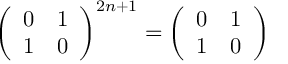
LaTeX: \left( \begin{array} { c c } { { 0 } } & { { 1 } } \\ { { 1 } } & { { 0 } } \end{array} \right) ^ { 2 n + 1 } = \left( \begin{array} { c c } { { 0 } } & { { 1 } } \\ { { 1 } } & { { 0 } } \end{array} \right)